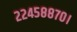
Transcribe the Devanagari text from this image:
२२४५८८७०।